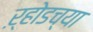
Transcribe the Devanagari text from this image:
ऱ्होडच्या